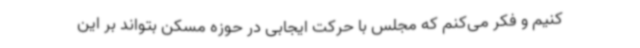
کنیم و فکر می‌کنم که مجلس با حرکت ایجابی در حوزه مسکن بتواند بر این